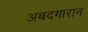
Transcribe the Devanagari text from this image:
अबदगारान